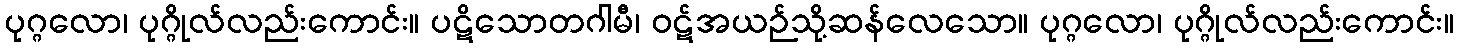
ပုဂ္ဂလော၊ ပုဂ္ဂိုလ်လည်းကောင်း။ ပဋိသောတဂါမီ၊ ဝဋ်အယဉ်သို့ဆန်လေသော။ ပုဂ္ဂလော၊ ပုဂ္ဂိုလ်လည်းကောင်း။